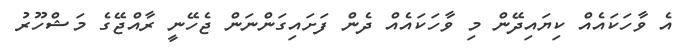
އެ ވާހަކައެއް ކިޔައިދޭން މި ވާހަކައެއް ދެން ފަށައިގަންނަން ޖެހޭނީ ރާއްޖޭގެ މަޝްހޫރު